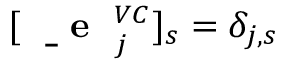
[ \mathrm { ~ \bf ~ \underline { ~ } { ~ e ~ } ~ } _ { j } ^ { V C } ] _ { s } = \delta _ { j , s }